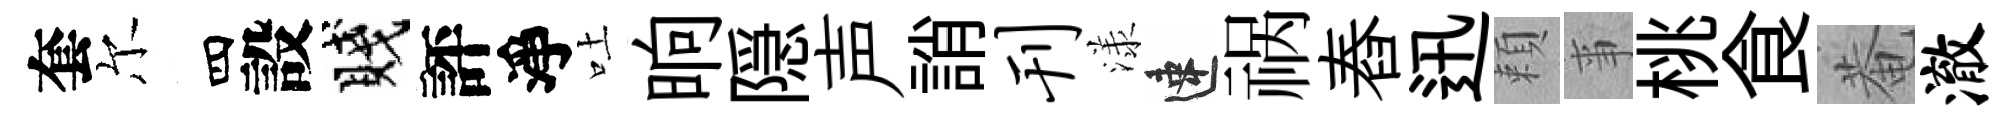
套尔四設賤評淨吐晌隠声誚刊漾速祸舂迅頼亊桃食菴澈